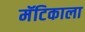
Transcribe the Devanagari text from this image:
मॅटिकाला